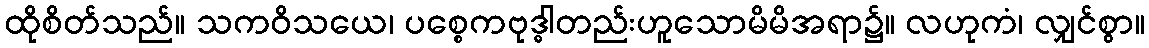
ထိုစိတ်သည်။ သကဝိသယေ၊ ပစ္စေကဗုဒ္ဓါတည်းဟူသောမိမိအရာ၌။ လဟုကံ၊ လျှင်စွာ။